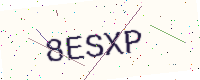
Text: 8ESXP